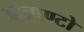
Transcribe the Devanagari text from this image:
ओत्राण्टो